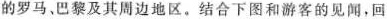
的罗马、巴黎及其周边地区。结合下图和游客的见闻，回